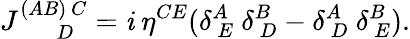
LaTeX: J_{~~~~~~~~D}^{(AB)~C}=\mathit{i}~\eta^{CE}(\delta_{~E}^{A}~\delta_{~D}^{B}-\delta_{~D}^{A}~\delta_{~E}^{B}).